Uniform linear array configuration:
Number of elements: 4
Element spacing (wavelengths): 0.25
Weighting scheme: binomial
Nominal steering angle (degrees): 30
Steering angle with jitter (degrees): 31.056
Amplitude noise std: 0.05
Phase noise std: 0.05

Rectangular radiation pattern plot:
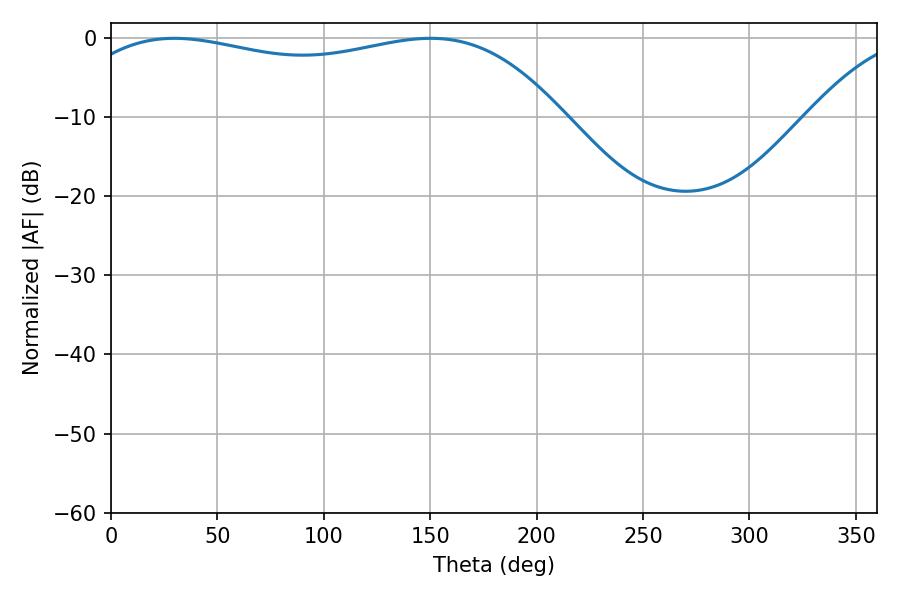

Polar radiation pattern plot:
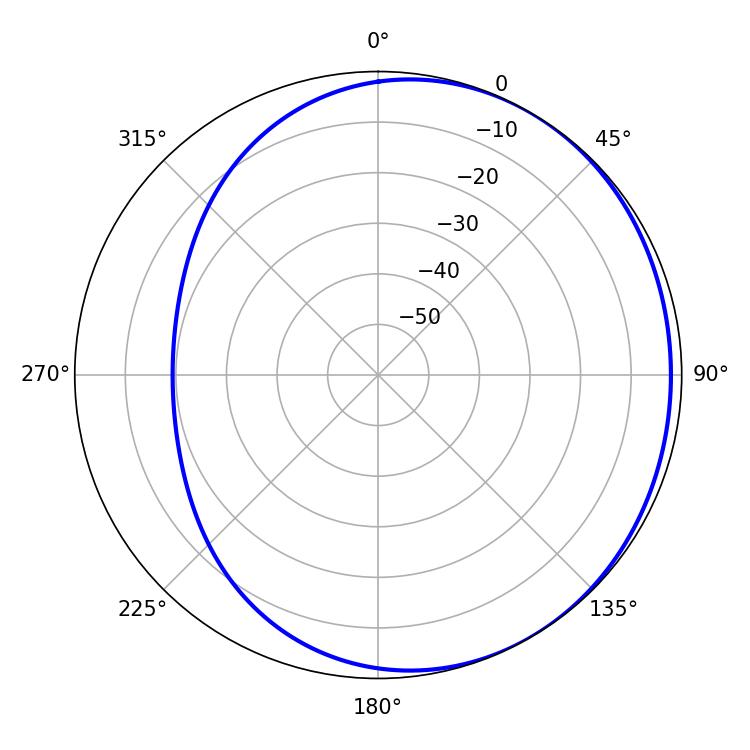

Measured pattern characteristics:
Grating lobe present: FALSE
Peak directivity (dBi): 1.422
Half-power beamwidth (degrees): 186.3
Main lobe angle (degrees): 29.7